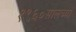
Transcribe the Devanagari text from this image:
१९६०सालच्या